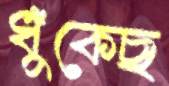
ধুঁকেছ